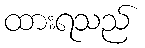
ထားရသည်